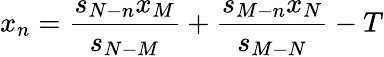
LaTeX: x_{n}=\frac{s_{N-n}x_{M}}{s_{N-M}}+\frac{s_{M-n}x_{N}}{s_{M-N}}-T